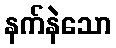
နက်နဲသော